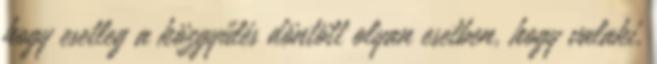
hogy esetleg a közgyűlés döntött olyan esetben, hogy valaki,